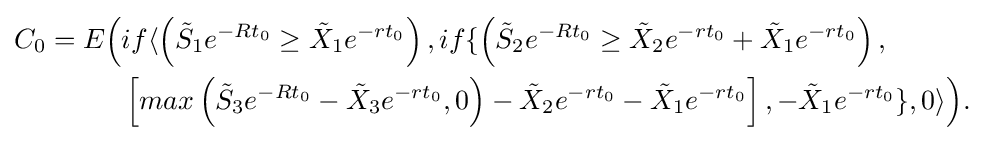
{\begin{alignedat}{2}C_{0}=E{\Bigl (}&if\langle \left({\tilde {S}}_{1}e^{-Rt_{0}}\geq {\tilde {X}}_{1}e^{-rt_{0}}\right),if\lbrace \left({\tilde {S}}_{2}e^{-Rt_{0}}\geq {\tilde {X}}_{2}e^{-rt_{0}}+{\tilde {X}}_{1}e^{-rt_{0}}\right),\\&\left[max\left({\tilde {S}}_{3}e^{-Rt_{0}}-{\tilde {X}}_{3}e^{-rt_{0}},0\right)-{\tilde {X}}_{2}e^{-rt_{0}}-{\tilde {X}}_{1}e^{-rt_{0}}\right],-{\tilde {X}}_{1}e^{-rt_{0}}\rbrace ,0\rangle {\Bigr )}.\end{alignedat}}